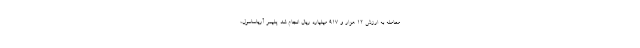
معامله به ارزش ۱۲ هزار و ۹۱۷ میلیارد ریال انجام شد. پلیمر آریاساسول،